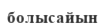
болысайын